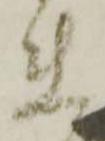
れ